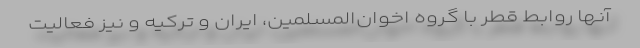
آنها روابط قطر با گروه اخوان‌المسلمین، ایران و ترکیه و نیز فعالیت